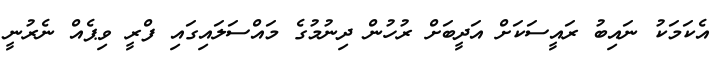
އެކަމަކު ނައިބު ރައީސަކަށް އަދީބަށް ރުހުން ދިނުމުގެ މައްސަލައިގައި ފްރީ ވިޕެއް ނެރުނީ